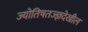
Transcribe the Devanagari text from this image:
ज्योतिषतज्ज्ञदेखील